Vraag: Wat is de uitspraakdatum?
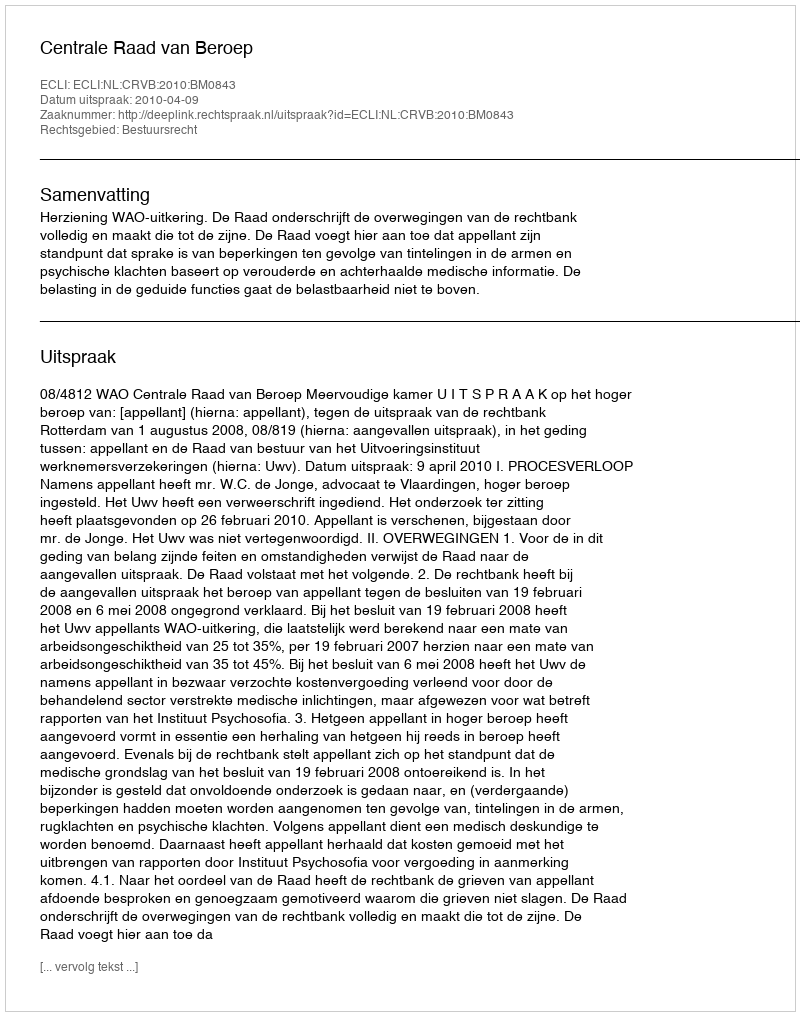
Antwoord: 2010-04-09